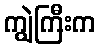
ကျွဲကြီးက